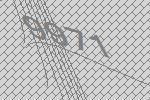
9971